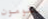
تقومون